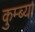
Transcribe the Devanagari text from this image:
कुम्ब्या